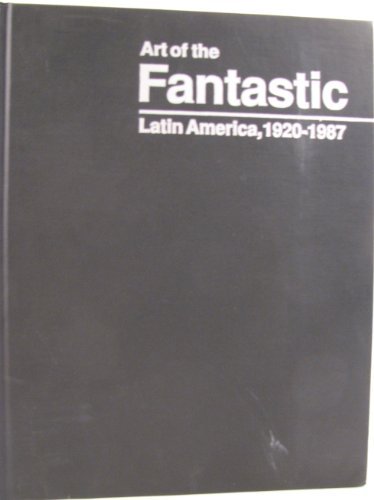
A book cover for Art of the Fantastic: Latin America, 1920-1987 (Indianapolis Museum of Art); Holliday T. Day; Travel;